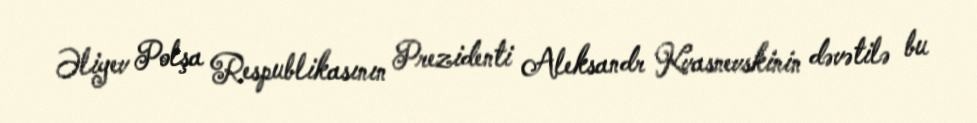
Əliyev Polşa Respublikasının Prezidenti Aleksandr Kvasnevskinin dəvətilə bu